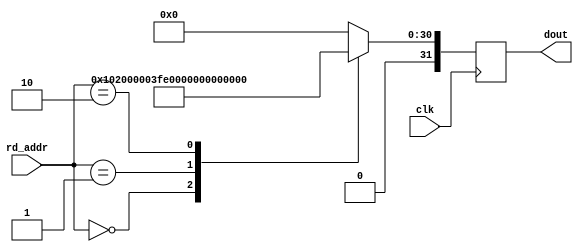
module ipsxe_floating_point_rom_golden_result #(
    parameter EXP_WIDTH = 8,
    parameter MAN_WIDTH = 23,
    parameter OP_SEL = 0
) (
    input clk,
    input [3:0] rd_addr,
    output reg [(1+EXP_WIDTH+MAN_WIDTH)-1:0] dout
);

generate
if (OP_SEL == 0) begin
always @(posedge clk) begin: blk_rom_golden_result_0
    case(rd_addr)
    4'd0: dout <= {1'b0, 1'b1, {(EXP_WIDTH-2){1'b0}}, 1'b1, {(MAN_WIDTH){1'b0}}}; // 32'h40800000; // 4;
    4'd1: dout <= {1'b0, {EXP_WIDTH{1'b1}}, 1'b1, {(MAN_WIDTH-1){1'b0}}}; // NaN
    4'd2: dout <= {1'b0, {EXP_WIDTH{1'b1}}, {MAN_WIDTH{1'b0}}}; // +inf
    4'd3: dout <= 0;
    default: dout <= 0;
    endcase
end
end
else if (OP_SEL == 1) begin
always @(posedge clk) begin: blk_rom_golden_result_1
    case(rd_addr)
    4'd0: dout <= {1'b0, 1'b1, {(EXP_WIDTH-2){1'b0}}, 1'b1, {(MAN_WIDTH){1'b0}}}; // 32'h40800000; // 4;
    4'd1: dout <= {1'b0, {EXP_WIDTH{1'b1}}, 1'b1, {(MAN_WIDTH-1){1'b0}}}; // 4 + NaN = NaN
    4'd2: dout <= {1'b0, {EXP_WIDTH{1'b1}}, 1'b1, {(MAN_WIDTH-1){1'b0}}}; // NaN + +inf = NaN
    4'd3: dout <= {1'b0, {EXP_WIDTH{1'b1}}, 1'b1, {(MAN_WIDTH-1){1'b0}}}; // NaN + 0 = NaN
    default: dout <= 0;
    endcase
end
end
else if (OP_SEL == 2) begin
always @(posedge clk) begin: blk_rom_golden_result_2
    case(rd_addr)
    4'd0: dout <= {1'b0, 1'b1, {(EXP_WIDTH-3){1'b0}}, 1'b1, 1'b0, 1'b1, {(MAN_WIDTH-1){1'b0}}}; // 32'h41400000; // 12;
    4'd1: dout <= {1'b0, {EXP_WIDTH{1'b1}}, 1'b1, {(MAN_WIDTH-1){1'b0}}}; // NaN
    4'd2: dout <= {1'b0, {EXP_WIDTH{1'b1}}, 1'b1, {(MAN_WIDTH-1){1'b0}}}; // NaN
    4'd3: dout <= 0;
    default: dout <= 0;
    endcase
end
end
else if (OP_SEL == 3) begin
always @(posedge clk) begin: blk_rom_golden_result_3
    case(rd_addr)
    4'd0: dout <= 0;
    4'd1: dout <= 1;
    4'd2: dout <= 1;
    4'd3: dout <= 0;
    default: dout <= 0;
    endcase
end
end
else if (OP_SEL == 4) begin
always @(posedge clk) begin: blk_rom_golden_result_4
    case(rd_addr)
    4'd0: dout <= {1'b0, 1'b0, {(EXP_WIDTH-2){1'b1}}, 1'b0, {MAN_WIDTH{1'b0}}}; // 0.5
    4'd1: dout <= {1'b0, {EXP_WIDTH{1'b1}}, 1'b1, {(MAN_WIDTH-1){1'b0}}}; // NaN
    4'd2: dout <= {1'b0, {EXP_WIDTH{1'b1}}, 1'b1, {(MAN_WIDTH-1){1'b0}}}; // NaN
    4'd3: dout <= 0;
    default: dout <= 0;
    endcase
end
end
else if (OP_SEL == 5) begin
always @(posedge clk) begin: blk_rom_golden_result_5
    case(rd_addr)
    4'd0: dout <= 32'h425a6481; // e ^ 4
    4'd1: dout <= {1'b0, {EXP_WIDTH{1'b1}}, 1'b1, {(MAN_WIDTH-1){1'b0}}}; // NaN
    4'd2: dout <= {1'b0, {EXP_WIDTH{1'b1}}, {MAN_WIDTH{1'b0}}}; // +inf
    4'd3: dout <= {1'b0, 1'b0, {(EXP_WIDTH-1){1'b1}}, {MAN_WIDTH{1'b0}}}; // 1
    default: dout <= 0;
    endcase
end
end
else if (OP_SEL == 6) begin
always @(posedge clk) begin: blk_rom_golden_result_6
    case(rd_addr)
    4'd0: dout <= 32'h4e810000; // 32'h40800000 -> (fixed)1082130432
    4'd1: dout <= 32'h4eff8000; // NaN(7fc00000) -> fixed 2143289344
    4'd2: dout <= 32'h4eff0000; // +inf(7f800000) -> fixed 2139095040
    4'd3: dout <= 0;
    default: dout <= 0;
    endcase
end
end
else if (OP_SEL == 7) begin
always @(posedge clk) begin: blk_rom_golden_result_7
    case(rd_addr)
    4'd0: dout <= 4;
    4'd1: dout <= {1'b1, {(EXP_WIDTH+MAN_WIDTH){1'b0}}}; // most negative number
    4'd2: dout <= {1'b0, {(EXP_WIDTH+MAN_WIDTH){1'b1}}}; // most positive number
    4'd3: dout <= 0;
    default: dout <= 0;
    endcase
end
end
else if (OP_SEL == 8) begin
always @(posedge clk) begin: blk_rom_golden_result_8
    case(rd_addr)
    4'd0: dout <= {1'b0, 1'b1, {(EXP_WIDTH-2){1'b0}}, 1'b1, {(MAN_WIDTH){1'b0}}}; // 32'h40800000; // 4;
    4'd1: dout <= {1'b0, {EXP_WIDTH{1'b1}}, 1'b1, {(MAN_WIDTH-1){1'b0}}}; // NaN
    4'd2: dout <= {1'b0, {EXP_WIDTH{1'b1}}, {MAN_WIDTH{1'b0}}}; // +inf
    4'd3: dout <= 0;
    default: dout <= 0;
    endcase
end
end
else if (OP_SEL == 9) begin
always @(posedge clk) begin: blk_rom_golden_result_9
    case(rd_addr)
    4'd0: dout <= {1'b0, 1'b1, {(EXP_WIDTH-4){1'b0}}, 1'b1, 2'b0, 2'b0, 2'b1, {(MAN_WIDTH-4){1'b0}}}; // 4*8+6=38;
    4'd1: dout <= {1'b0, {EXP_WIDTH{1'b1}}, 1'b1, {(MAN_WIDTH-1){1'b0}}}; // NaN
    4'd2: dout <= {1'b0, {EXP_WIDTH{1'b1}}, 1'b1, {(MAN_WIDTH-1){1'b0}}}; // NaN
    4'd3: dout <= {1'b0, {EXP_WIDTH{1'b1}}, 1'b1, {(MAN_WIDTH-1){1'b0}}}; // NaN
    default: dout <= 0;
    endcase
end
end
else if (OP_SEL == 10) begin
always @(posedge clk) begin: blk_rom_golden_result_10
    case(rd_addr)
    4'd0: dout <= 32'h3fb17218; // ln 4
    4'd1: dout <= {1'b0, {EXP_WIDTH{1'b1}}, 1'b1, {(MAN_WIDTH-1){1'b0}}}; // NaN
    4'd2: dout <= {1'b0, {EXP_WIDTH{1'b1}}, {MAN_WIDTH{1'b0}}}; // +inf
    4'd3: dout <= {1'b0, {EXP_WIDTH{1'b1}}, 1'b1, {(MAN_WIDTH-1){1'b0}}}; // NaN
    default: dout <= 0;
    endcase
end
end
else if (OP_SEL == 11) begin
always @(posedge clk) begin: blk_rom_golden_result_11
    case(rd_addr)
    4'd0: dout <= {1'b0, 1'b1, {(EXP_WIDTH-4){1'b0}}, 1'b1, 2'b0, {MAN_WIDTH{1'b0}}}; // 4*8=32;
    4'd1: dout <= {1'b0, {EXP_WIDTH{1'b1}}, 1'b1, {(MAN_WIDTH-1){1'b0}}}; // NaN
    4'd2: dout <= {1'b0, {EXP_WIDTH{1'b1}}, 1'b1, {(MAN_WIDTH-1){1'b0}}}; // NaN
    4'd3: dout <= 0;
    default: dout <= 0;
    endcase
end
end
else if (OP_SEL == 12) begin
always @(posedge clk) begin: blk_rom_golden_result_12
    case(rd_addr)
    4'd0: dout <= {1'b0, 1'b0, {(EXP_WIDTH-3){1'b1}}, 1'b0, 1'b1, {MAN_WIDTH{1'b0}}}; // 1/4=0.25;
    4'd1: dout <= {1'b0, {EXP_WIDTH{1'b1}}, 1'b1, {(MAN_WIDTH-1){1'b0}}}; // NaN
    4'd2: dout <= 0;
    4'd3: dout <= {1'b0, {EXP_WIDTH{1'b1}}, 1'b1, {(MAN_WIDTH-1){1'b0}}}; // NaN
    default: dout <= 0;
    endcase
end
end
else if (OP_SEL == 13) begin
always @(posedge clk) begin: blk_rom_golden_result_13
    case(rd_addr)
    4'd0: dout <= {1'b0, 1'b0, {(EXP_WIDTH-2){1'b1}}, 1'b0, {MAN_WIDTH{1'b0}}}; // 0.5
    4'd1: dout <= {1'b0, {EXP_WIDTH{1'b1}}, 1'b1, {(MAN_WIDTH-1){1'b0}}}; // NaN
    4'd2: dout <= 0;
    4'd3: dout <= {1'b0, {EXP_WIDTH{1'b1}}, 1'b1, {(MAN_WIDTH-1){1'b0}}}; // NaN
    default: dout <= 0;
    endcase
end
end
else if (OP_SEL == 14) begin
always @(posedge clk) begin: blk_rom_golden_result_14
    case(rd_addr)
    4'd0: dout <= {1'b0, 1'b1, {(EXP_WIDTH-1){1'b0}}, {MAN_WIDTH{1'b0}}}; // 2
    4'd1: dout <= {1'b0, {EXP_WIDTH{1'b1}}, 1'b1, {(MAN_WIDTH-1){1'b0}}}; // NaN
    4'd2: dout <= {1'b0, {EXP_WIDTH{1'b1}}, {MAN_WIDTH{1'b0}}}; // +inf
    4'd3: dout <= 0;
    default: dout <= 0;
    endcase
end
end

endgenerate

endmodule